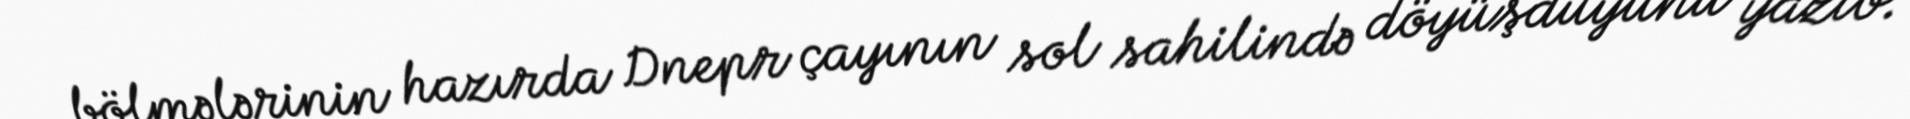
bölmələrinin hazırda Dnepr çayının sol sahilində döyüşdüyünü yazıb.